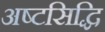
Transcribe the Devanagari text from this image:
अष्टसिद्धि